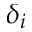
\delta _ { i }